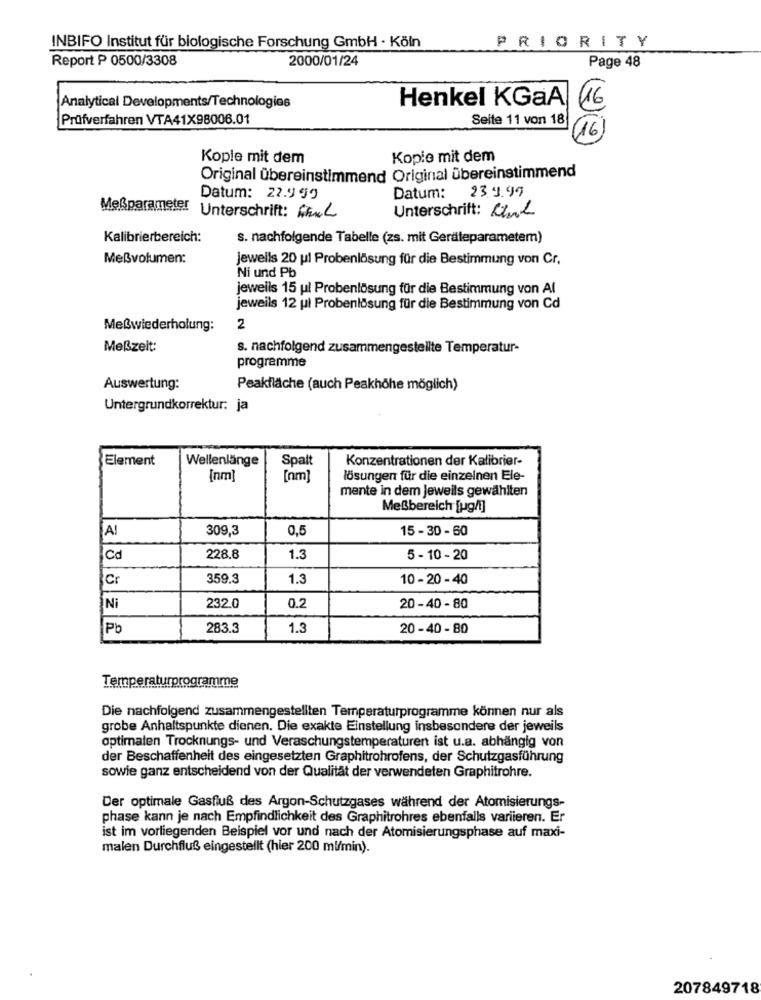
PRIORITY
INBIFO Institut für biologische Forschung GmbH · Köln
Report P 0500/3308
2000/01/24
Page 48
Henkel KGaA
16
Analytical Developments/Technologies
Prüfverfahren VTA41X98006.01
Seite 11 von 18
16
Kopie mit dem
Kopie mit dem
Original Übereinstimmend Original übereinstimmend
23.9.99
Datum: 22.9 59
Datum:
Unterschrift: Link
Meßparameter Unterschrift: Heul
Kalibrierbereich:
s. nachfolgende Tabelle (zs. mit Geräteparametem)
Meßvolumen:
jeweils 20 ul Probenlösung für die Bestimmung von Cr.
Ni und Pb
jeweils 15 ul Probenlösung für die Bestimmung von Al
jeweils 12 ul Probenlösung für die Bestimmung von Cd
Meßwiederholung:
2
Meßzeit:
s. nachfolgend zusammengestellte Temperatur-
programme
Auswertung:
Peakfläche (auch Peakhöhe möglich)
Untergrundkorrektur: ja
Element
Wellenlänge
Spalt
Konzentrationen der Kalibrier-
[nm]
[nm]
lösungen für die einzelnen Ele-
mente in dem jeweils gewählten
Meßbereich [ug/i]
A!
309,3
0,5
15 - 30 - 60
Cd
228.8
1.3
5 - 10 - 20
Cr
359,3
1.3
10 - 20- 40
0.2
Ni
232.0
20-40 - 80
Pb
283.3
1.3
20 -40 - 80
Temperaturprogramme
Die nachfolgend zusammengestellten Temperaturprogramme können nur als
grobe Anhaltspunkte dienen. Die exakte Einstellung insbesondere der jeweils
optimalen Trocknungs- und Veraschungstemperaturen ist u.a. abhängig von
der Beschaffenheit des eingesetzten Graphitrohrofens, der Schutzgasführung
sowie ganz entscheidend von der Qualität der verwendeten Graphitrohre.
Der optimale Gasfluß des Argon-Schutzgases während der Atomisierungs-
phase kann je nach Empfindlichkeit des Graphitrohres ebenfalls variieren. Er
ist im vorliegenden Beispiel vor und nach der Atomisierungsphase auf maxi-
malen Durchfluß eingestellt (hier 200 ml/min).
207849718